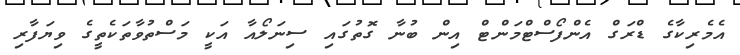
އެމެރިކާގެ ޑްރަގް އެންފޯސްޓްމަންޓް އިން ބުނާ ގޮތުގައި ސިނަލޯއާ އަކީ މަސްތުވާތަކެތީގެ ވިޔަފާރި